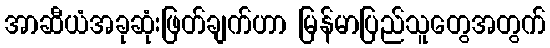
အာဆီယံအခုဆုံးဖြတ်ချက်ဟာ မြန်မာပြည်သူတွေအတွက်